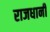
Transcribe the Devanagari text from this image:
राजधानीं